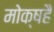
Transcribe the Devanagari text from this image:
मोक्षहै